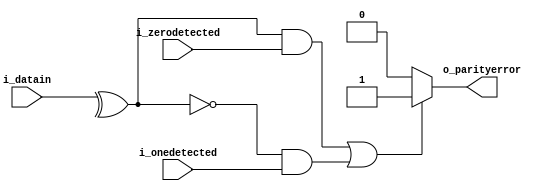
module parity_checker(
i_datain,i_zerodetected,i_onedetected,o_parityerror);
input i_onedetected,i_zerodetected;
input [7:0]i_datain;
output reg o_parityerror;
wire parity=^(i_datain);
always@(parity,i_onedetected,i_zerodetected)
begin
	if((parity&& i_zerodetected)||(!parity && i_onedetected))
				o_parityerror=1'b1;
	else
				o_parityerror=1'b0;
end
endmodule